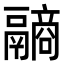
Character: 𩱐